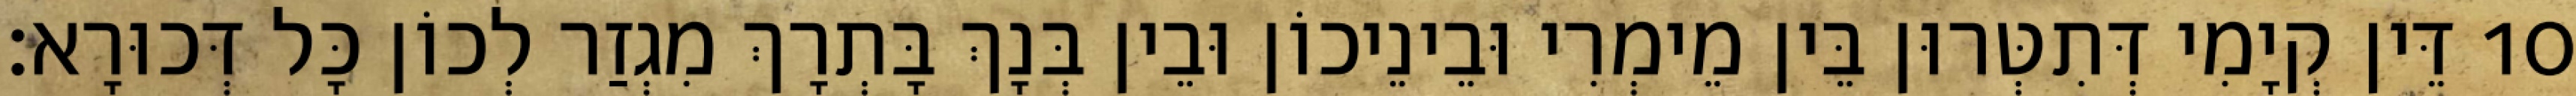
10 דֵּין קְיָמִי דְּתִטְּרוּן בֵּין מֵימְרִי וּבֵינֵיכוֹן וּבֵין בְּנָךְ בָּתְרָךְ מִגְזַר לְכוֹן כָּל דְּכוּרָא׃